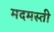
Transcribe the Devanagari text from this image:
मदमस्ती